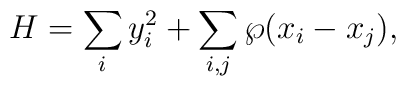
H=\sum_i y^2_i + \sum_{i,j} \wp(x_{i}-x_{j}),